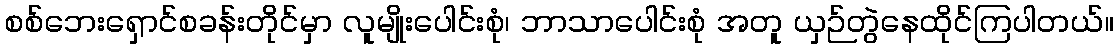
စစ်ဘေးရှောင်စခန်းတိုင်မှာ လူမျိုးပေါင်းစုံ၊ ဘာသာပေါင်းစုံ အတူ ယှဉ်တွဲနေထိုင်ကြပါတယ်။